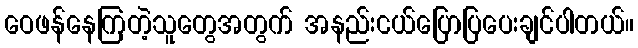
ဝေဖန်နေကြတဲ့သူတွေအတွက် အနည်းငယ်ပြောပြပေးချင်ပါတယ်။